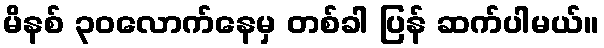
မိနစ် ၃၀လောက်နေမှ တစ်ခါ ပြန် ဆက်ပါမယ်။